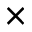
\times